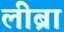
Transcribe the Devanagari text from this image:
लीब्रा